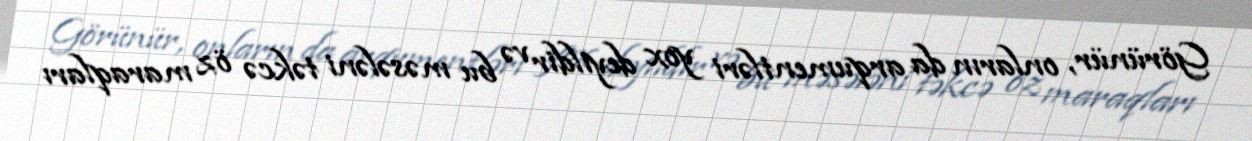
Görünür, onların da arqumentləri yox deyildir və bu məsələni təkcə öz maraqları